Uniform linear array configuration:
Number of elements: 16
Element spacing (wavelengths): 0.75
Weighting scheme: kaiser
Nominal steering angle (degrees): -45
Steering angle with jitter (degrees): -44.307
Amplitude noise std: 0.05
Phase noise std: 0.05

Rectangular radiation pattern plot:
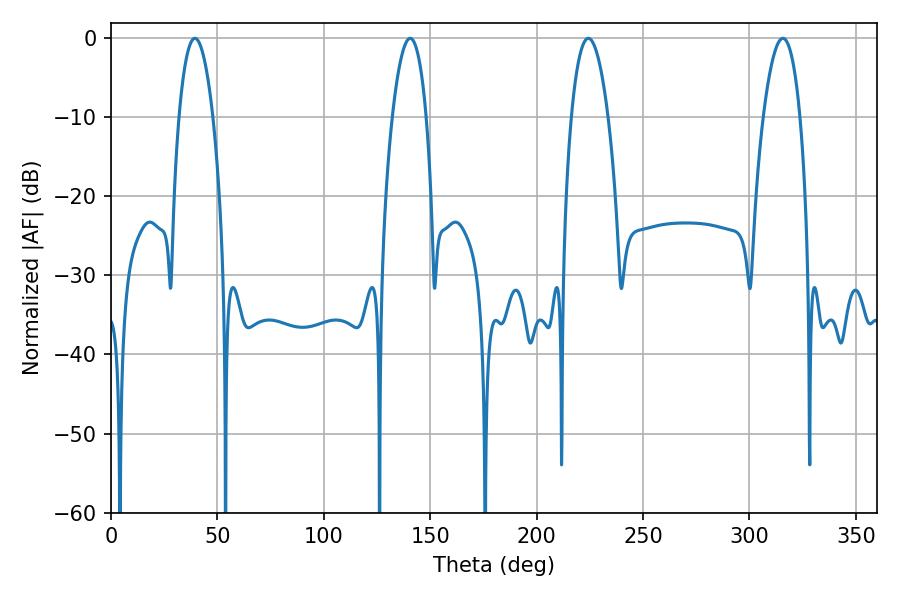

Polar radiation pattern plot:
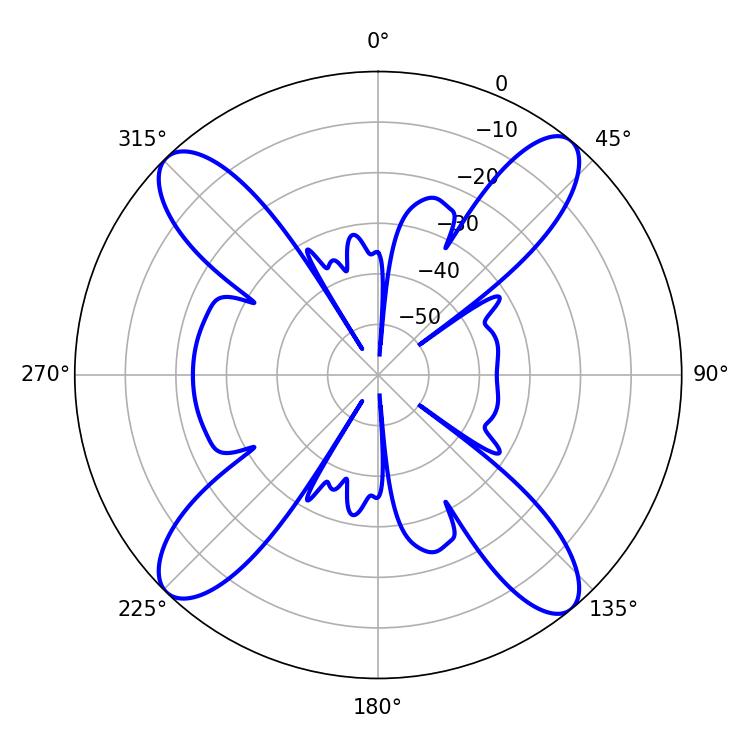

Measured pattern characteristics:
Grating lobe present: TRUE
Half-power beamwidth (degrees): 8.82
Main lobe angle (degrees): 39.42